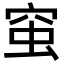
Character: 𧉴